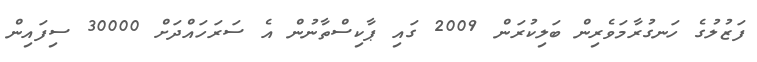
ފަޒުލުގެ ހަނގުރާމަވެރިން ބަލިކުރަން 2009 ގައި ޕާކިސްތާނުން އެ ސަރަހައްދަށް 30000 ސިފައިން